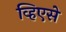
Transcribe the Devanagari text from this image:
व्हिएसे